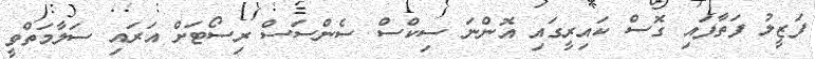
ފަޒީލު ފަތާފައި ގޮސް ކައިރީގައި އޮންނަ ސިކްސް ސެންސަސް ރިސޯޓަށް އަރައި ސަލާމަތްވީ